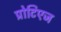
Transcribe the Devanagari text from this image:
प्रोटिएज